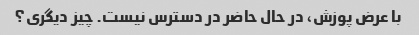
با عرض پوزش، در حال حاضر در دسترس نیست. چیز دیگری؟